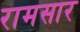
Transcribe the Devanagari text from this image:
रामसार